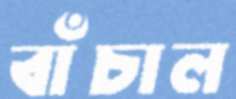
বাঁচাল